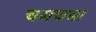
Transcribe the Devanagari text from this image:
चमचमा